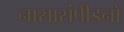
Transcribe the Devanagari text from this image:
नासासंपीडनो